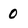
Character: O